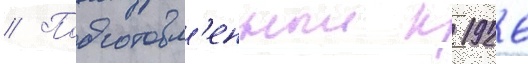
// Подготовл'енныи к 1926